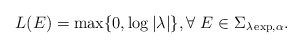
\begin{align*}L(E)=\max\{0,\log |\lambda|\}, \forall \ E\in \Sigma_{\lambda \exp,\alpha}.\end{align*}